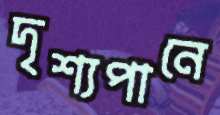
দৃশ্যপানে